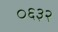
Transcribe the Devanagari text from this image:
०६३२